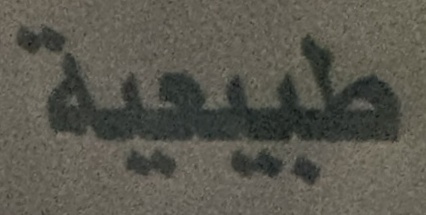
طبيعية